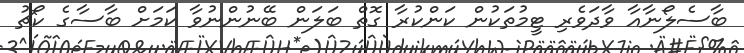
ބާސެލޯނާއާ ވާދަވެރި ޓީމުތަކުން ކަންކުރާ ގޮތް ބަލަން ބޭނުންނުވާ ކަމަށް ބާސާގެ ކޯޗު